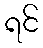
ရင်